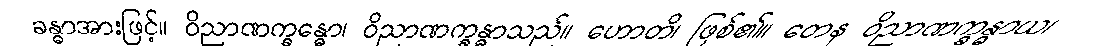
ခန္ဓာအားဖြင့်။ ဝိညာဏက္ခန္ဓော၊ ဝိညာဏက္ခန္ဓာသည်။ ဟောတိ၊ ဖြစ်၏။ တေန ဝိညာဏက္ခန္ဓာယ၊